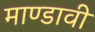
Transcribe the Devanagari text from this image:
माण्डावी